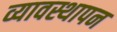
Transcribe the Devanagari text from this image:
व्यावस्थापन